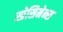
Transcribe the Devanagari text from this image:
स्प्रेसिमेन्स